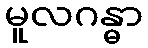
မူလဂန္ဓာ